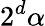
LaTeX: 2^{d}\alpha